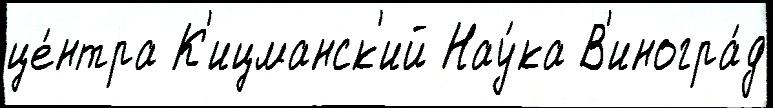
це́нтра К'ицманск'ий Нау́ка В'иногра́д